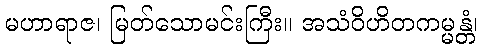
မဟာရာဇ၊ မြတ်သောမင်းကြီး။ အသံဝိဟိတကမ္မန္တံ၊